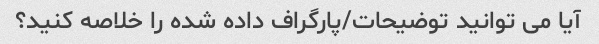
آیا می توانید توضیحات/پارگراف داده شده را خلاصه کنید؟